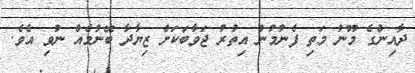
ދާއިންގެ މޫނު މަތި ފެނުމުން އިތުރު ޖަވާބަކަށް ޒިޔާދާ ބޭނުމެއް ނުވި އެވެ.